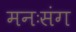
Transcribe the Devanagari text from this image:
मनःसंग